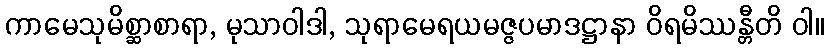
ကာမေသုမိစ္ဆာစာရာ, မုသာဝါဒါ, သုရာမေရယမဇ္ဇပမာဒဋ္ဌာနာ ဝိရမိဿန္တီတိ ဝါ။